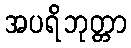
အပရိဘုတ္တာ